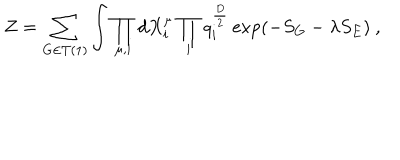
Z = \sum _ { G \in T ( 1 ) } \int \prod _ { \mu , i } d X _ { i } ^ { \mu } \prod _ { i } q _ { i } ^ { \frac { D } { 2 } } \exp ( - S _ { G } - \lambda S _ { E } ) \ ,